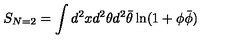
S _ { N = 2 } = \int d ^ { 2 } x d ^ { 2 } \theta d ^ { 2 } \bar { \theta } \ln ( 1 + \phi \bar { \phi } )